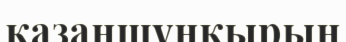
қазаншұңқырын